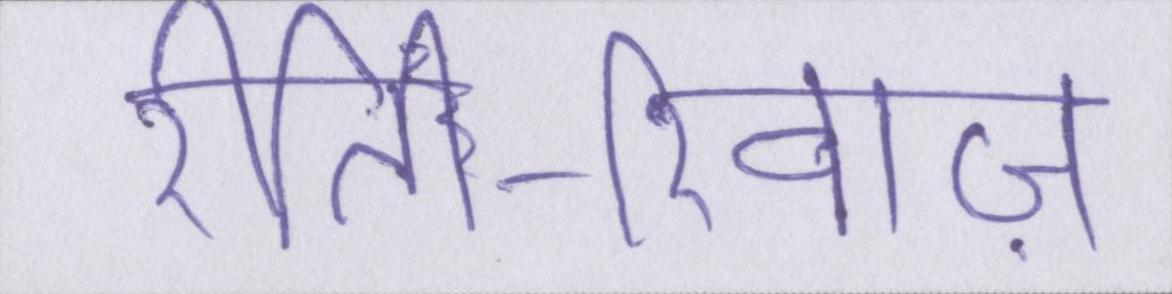
रीति-रिवाज़